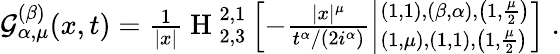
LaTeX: \begin{array}{r}{{\cal{G}}_{\alpha,\mu}^{(\beta)}(x,t)=\frac{1}{|x|}{\mathrm{~H~}}_{2,3}^{2,1}\left[-\frac{|x|^{\mu}}{t^{\alpha}/(2i^{\alpha})}\left|^{\left(1,1\right),\left(\beta,\alpha\right),\left(1,\frac{\mu}{2}\right)}_{\left(1,\mu\right),\left(1,1\right),\left(1,\frac{\mu}{2}\right)}\right.\right]\; .}\end{array}